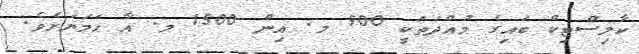
ކާލިސްޓިކް ބައިގެ މުއްދަތަކީ 900 މ. އިން 1500 މ. އާ ހަމަޔަށެވެ.